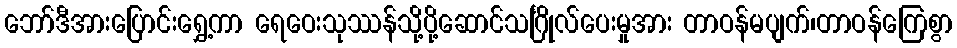
ဘော်ဒီအားပြောင်းရွှေ့ကာ ရေဝေးသုဿန်သို့ပို့ဆောင်သင်္ဂြိုလ်ပေးမှုအား တာဝန်မပျက်၊တာဝန်ကြေစွာ